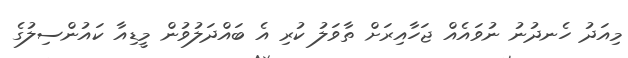
މިއަދު ހެނދުނު ނުވައެއް ޖަހާއިރަށް ތާވަލު ކުރި އެ ބައްދަލުވުން މީޑިއާ ކައުންސިލުގެ